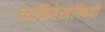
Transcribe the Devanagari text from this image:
व्यक्तिरेखेविषयी